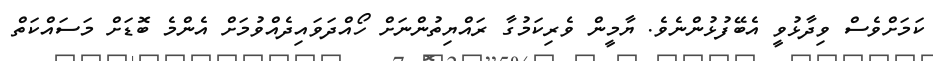
ކަމަށްވެސް ވިދާޅުވީ އެބޭފުޅުންނެވެ. ޔާމީން ވެެރިކަމުގާ ރައްޔިތުންނަށް ހޯއްދަވައިދެއްވުމަށް އެންމެ ބޮޑަށް މަސައްކަތް